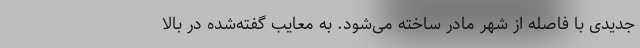
جدیدی با فاصله از شهر مادر ساخته می‌شود. به معایب گفته‌شده در بالا